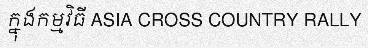
ក្នុងកម្មវិធី ASIA CROSS COUNTRY RALLY